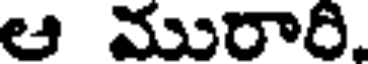
ఆ మురారి.